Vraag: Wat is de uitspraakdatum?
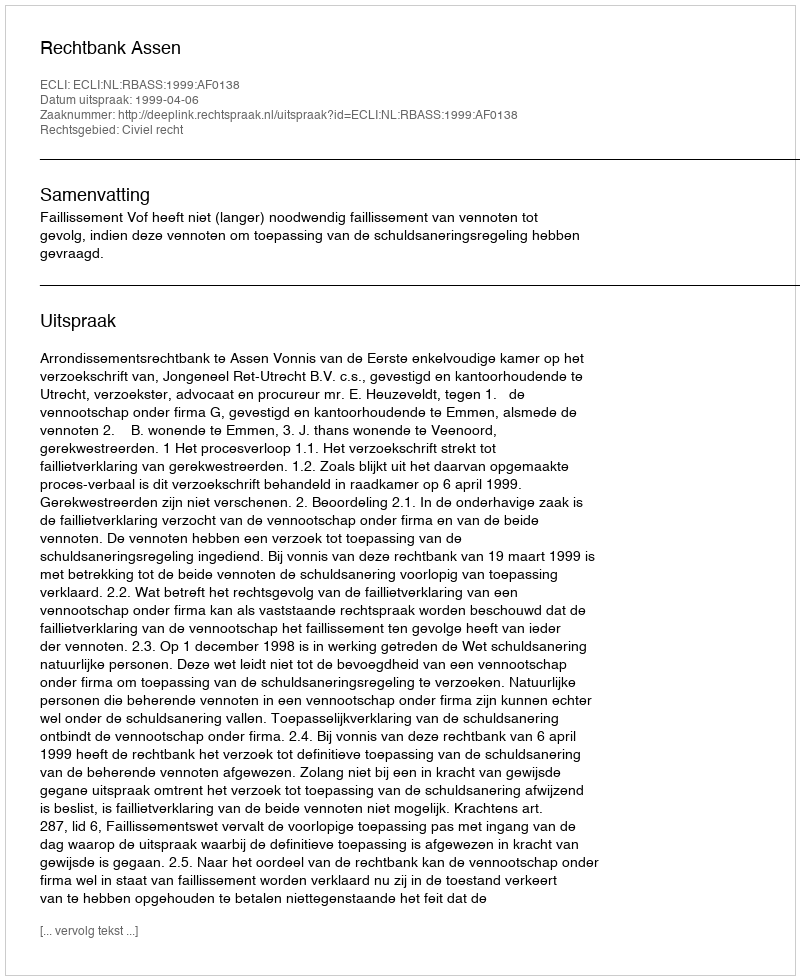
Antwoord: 1999-04-06